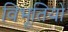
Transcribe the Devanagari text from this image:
विभूतियो